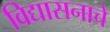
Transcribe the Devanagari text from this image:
विद्यासनाचे